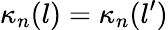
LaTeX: \kappa_{n}(l)=\kappa_{n}(l^{\prime})